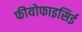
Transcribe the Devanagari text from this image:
फीयोफाइसिई